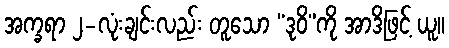
အက္ခရာ ၂-လုံးချင်းလည်း တူသော “ဒုဝိ”ကို အာဒိဖြင့် ယူ။